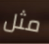
مثل